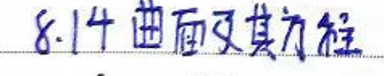
$8.14 曲面及其方程$